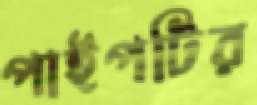
পাইপটির